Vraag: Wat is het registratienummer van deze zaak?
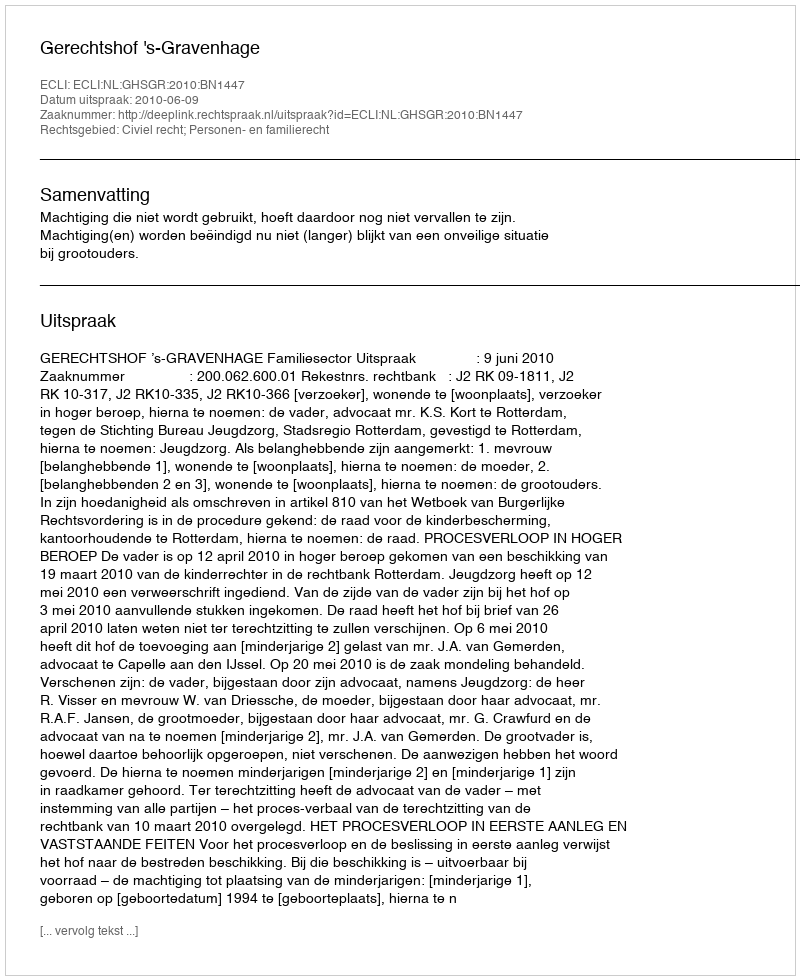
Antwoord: http://deeplink.rechtspraak.nl/uitspraak?id=ECLI:NL:GHSGR:2010:BN1447